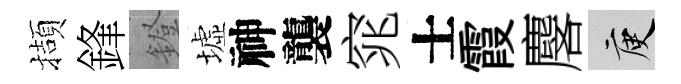
擷鋒鐙墟神襲窕士霞麐庾